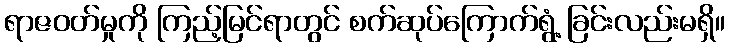
ရာဇဝတ်မှုကို ကြည့်မြင်ရာတွင် စက်ဆုပ်ကြောက်ရွံ့ ခြင်းလည်းမရှိ။